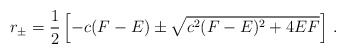
\begin{align*}r_{\pm}= \frac{1}{2} \left[ -c(F-E) \pm\sqrt{c^{2}(F-E)^{2} +4EF}\right]\, .\end{align*}